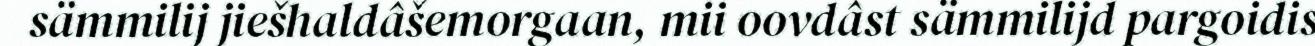
sämmilij jiešhaldâšemorgaan, mii oovdâst sämmilijd pargoidis